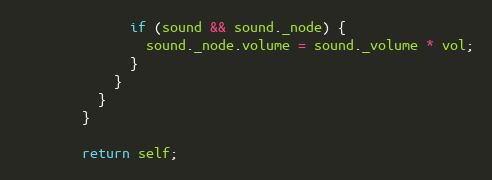
Language: JavaScript
              if (sound && sound._node) {
                sound._node.volume = sound._volume * vol;
              }
            }
          }
        }

        return self;